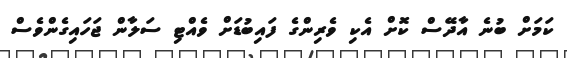
ކަމަށް ބުނެ އާދޭސް ކޮށް އެކި ވެރިންގެ ފައިބުޑަށް ވެއްޓި ސަލާން ޖަހައިގެންވެސް